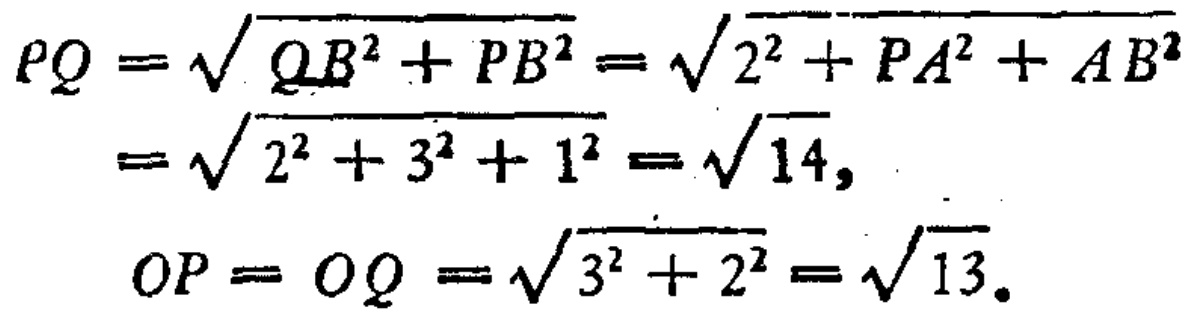
\[

\begin{align*}

PQ&=\sqrt{QB^{2}+PB^{2}}=\sqrt{2^{2}+PA^{2}+AB^{2}}\\

&=\sqrt{2^{2}+3^{2}+1^{2}}=\sqrt{14},\\

OP&=OQ=\sqrt{3^{2}+2^{2}}=\sqrt{13}.

\end{align*}

\]